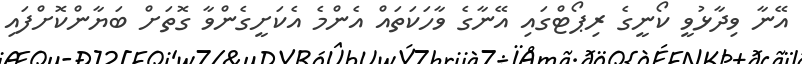
އޭނާ ވިދާޅުވީ ކޯނީގެ ރިޕޯޓްގައި އޭނާގެ ވާހަކަތައް އެންމެ އެކަށީގެންވާ ގޮތަށް ބަޔާންކޮށްފައި